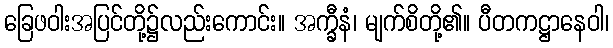
ခြေဖဝါးအပြင်တို့၌လည်းကောင်း။ အက္ခီနံ၊ မျက်စိတို့၏။ ပီတကဋ္ဌာနေဝါ၊